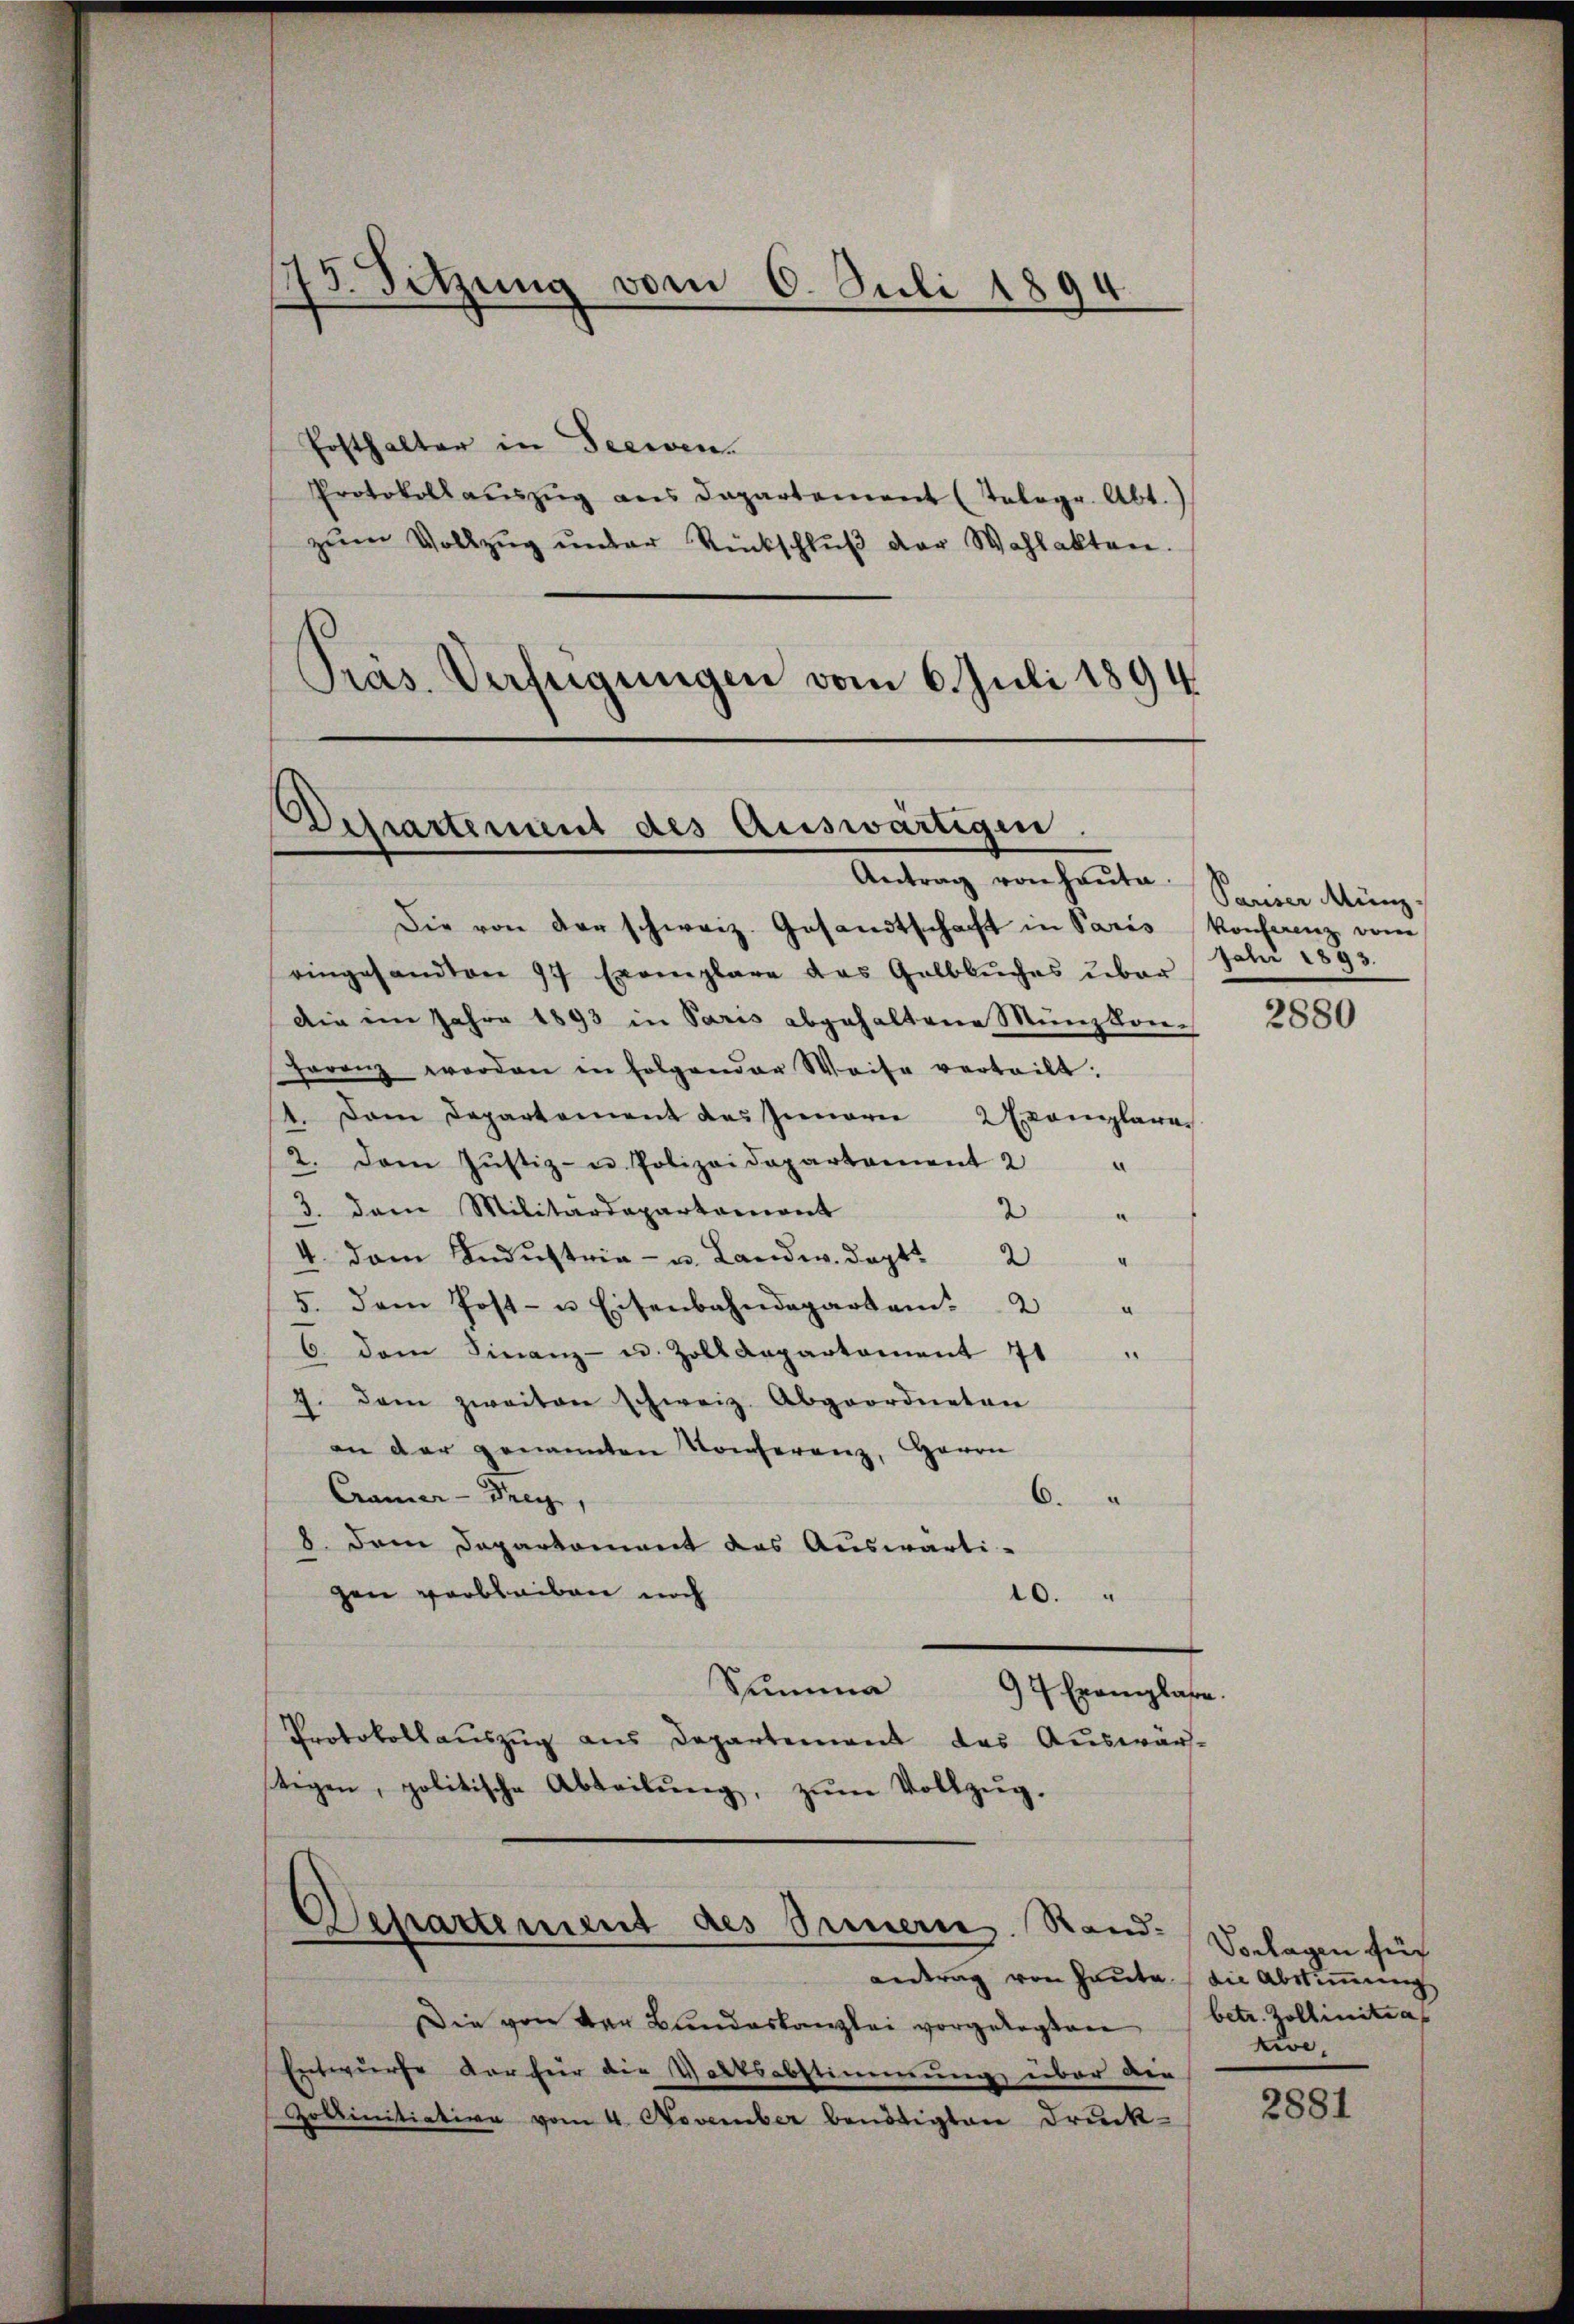
45. Sitzung vom 6. Juli 189.
d

Posthalter in Seeren.
Protokollaŭszŭg ans Departement (Telogr. Abt.)
zŭm Vollzŭg ŭnter Rückschlŭβ der Wahlakten.
Pras. Verfügungen vom 6. Juli 1894.

Dchartement des Auswärtigen.
Antrag von heŭte.

Die von der schweiz. Gesandtschaft in Paris Konferenz vom
eingesandten 97 Exemplare das Gelbbŭches über
Die im Jahre 1893 in Paris abgehaltene Münzkon-
ferenz worden in folgender Weise verteilt.
1. Dem Departement des Innere Exemplare
2. Dem Jŭstiz- u. Polizeidepartement 2 "
3. dem Militärdepartament
2
4. dem Industria- u. Landw. Doct. 2 "
5. dem Post- u Eisenbahndepartam: 2 "
C. dem Finanz- u. Zolldepartament 71 "
7. Dann zweiten schweiz. Abgeordneten
an der genannten Konferenz, Herrn
Cramer - Drey,
6.
8. Dem Daparkoment das Auswärti-
gen verbleiben noch
10.
Summa
94 Exemplare.
Protokollauszug aus Departement das Auswärtigen, politische Abteilŭng, zŭm Vollzug.

Departement des Innern. Rand:

antrag von Heute die Abstimmung
Die von der Bundeskanzlei vorgelegten
Entwurfe der für die Volksabstimmung über die
Zottinitiative vom 4. November benötigten Druck-

Pauser Münz.
Juli 1893.

2880

Vorlagen für
betr. Zollinitia
zive,

2881